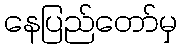
နေပြည်တော်မှ